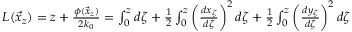
\begin{array} { r } { L ( \vec { x } _ { z } ) = z + \frac { \phi ( \vec { x } _ { z } ) } { 2 k _ { 0 } } = \int _ { 0 } ^ { z } d \zeta + \frac { 1 } { 2 } \int _ { 0 } ^ { z } \left( \frac { d x _ { \zeta } } { d \zeta } \right) ^ { 2 } d \zeta + \frac { 1 } { 2 } \int _ { 0 } ^ { z } \left( \frac { d y _ { \zeta } } { d \zeta } \right) ^ { 2 } d \zeta } \end{array}